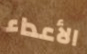
الأعداء